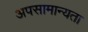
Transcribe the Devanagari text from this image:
अपसामान्यता